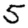
Digit: 5